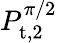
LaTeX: P_{\mathrm{t,2}}^{\pi/2}